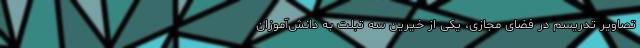
تصاویر تدریسم در فضای مجازی، یکی از خیرین سه تبلت به دانش‌آموزان